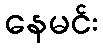
နေမင်း